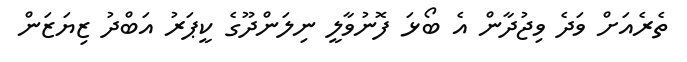
ތެރެއަށް ވަދެ ވިޖުދާން އެ ބޯޅަ ފޮނުވާލީ ނިލަންދޫގެ ކީޕަރު އަބްދު ޒިޔަޒަން